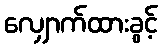
လျှောက်ထားခွင့်